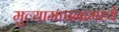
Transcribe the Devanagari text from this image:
मुल्यामापनामध्ये